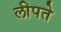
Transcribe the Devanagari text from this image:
लीपते